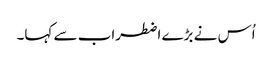
اُس نے بڑے اضطراب سے کہا۔